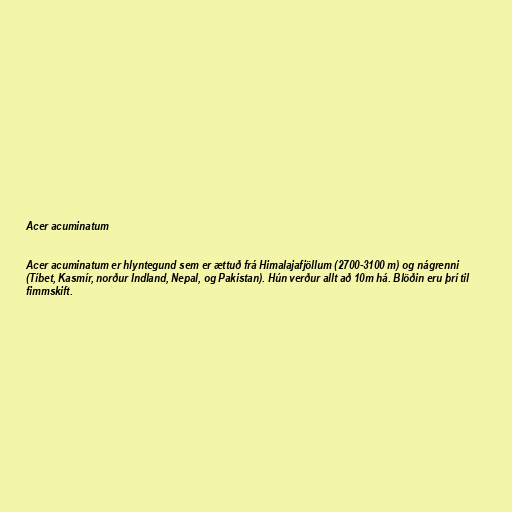
Acer acuminatum

Acer acuminatum er hlyntegund sem er ættuð frá Himalajafjöllum (2700-3100 m) og nágrenni
(Tíbet, Kasmír, norður Indland, Nepal, og Pakistan). Hún verður allt að 10m há. Blöðin eru þrí til
fimmskift.